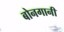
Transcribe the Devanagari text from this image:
बोनगानी